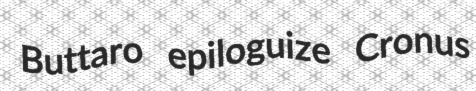
Buttaro epiloguize Cronus